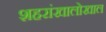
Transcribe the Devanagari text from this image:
शहरांखालोखाल